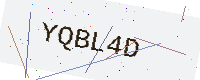
Text: YQBL4D